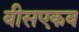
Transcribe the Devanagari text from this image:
बीसएकव